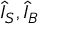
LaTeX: { \hat { I } } _ { S } , { \hat { I } } _ { B }